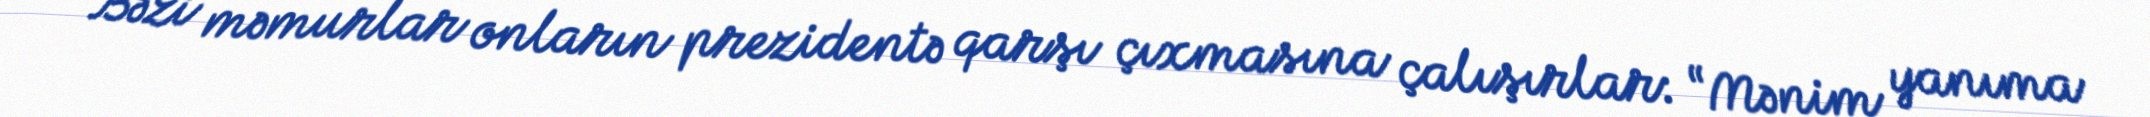
Bəzi məmurlar onların prezidentə qarşı çıxmasına çalışırlar: “Mənim yanıma